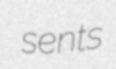
sents